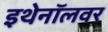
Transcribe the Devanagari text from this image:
इथेनॉलवर